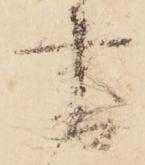
書